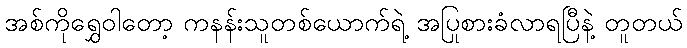
အစ်ကိုရွှေဝါတော့ ကနန်းသူတစ်ယောက်ရဲ့ အပြုစားခံလာရပြီနဲ့ တူတယ်